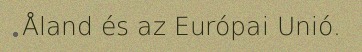
Åland és az Európai Unió.